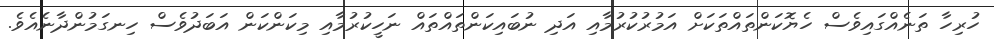
ހުރިހާ ތަނެއްގައިވެސް ހެޔޮކަންތައްތަކަށް އަމުރުކުރުމާއި އަދި ނުބައިކަންތައްތައް ނަހީކުރުމާއި މިކަންކަން އަބަދުވެސް ހިނގަމުންދާނެއެވެ.